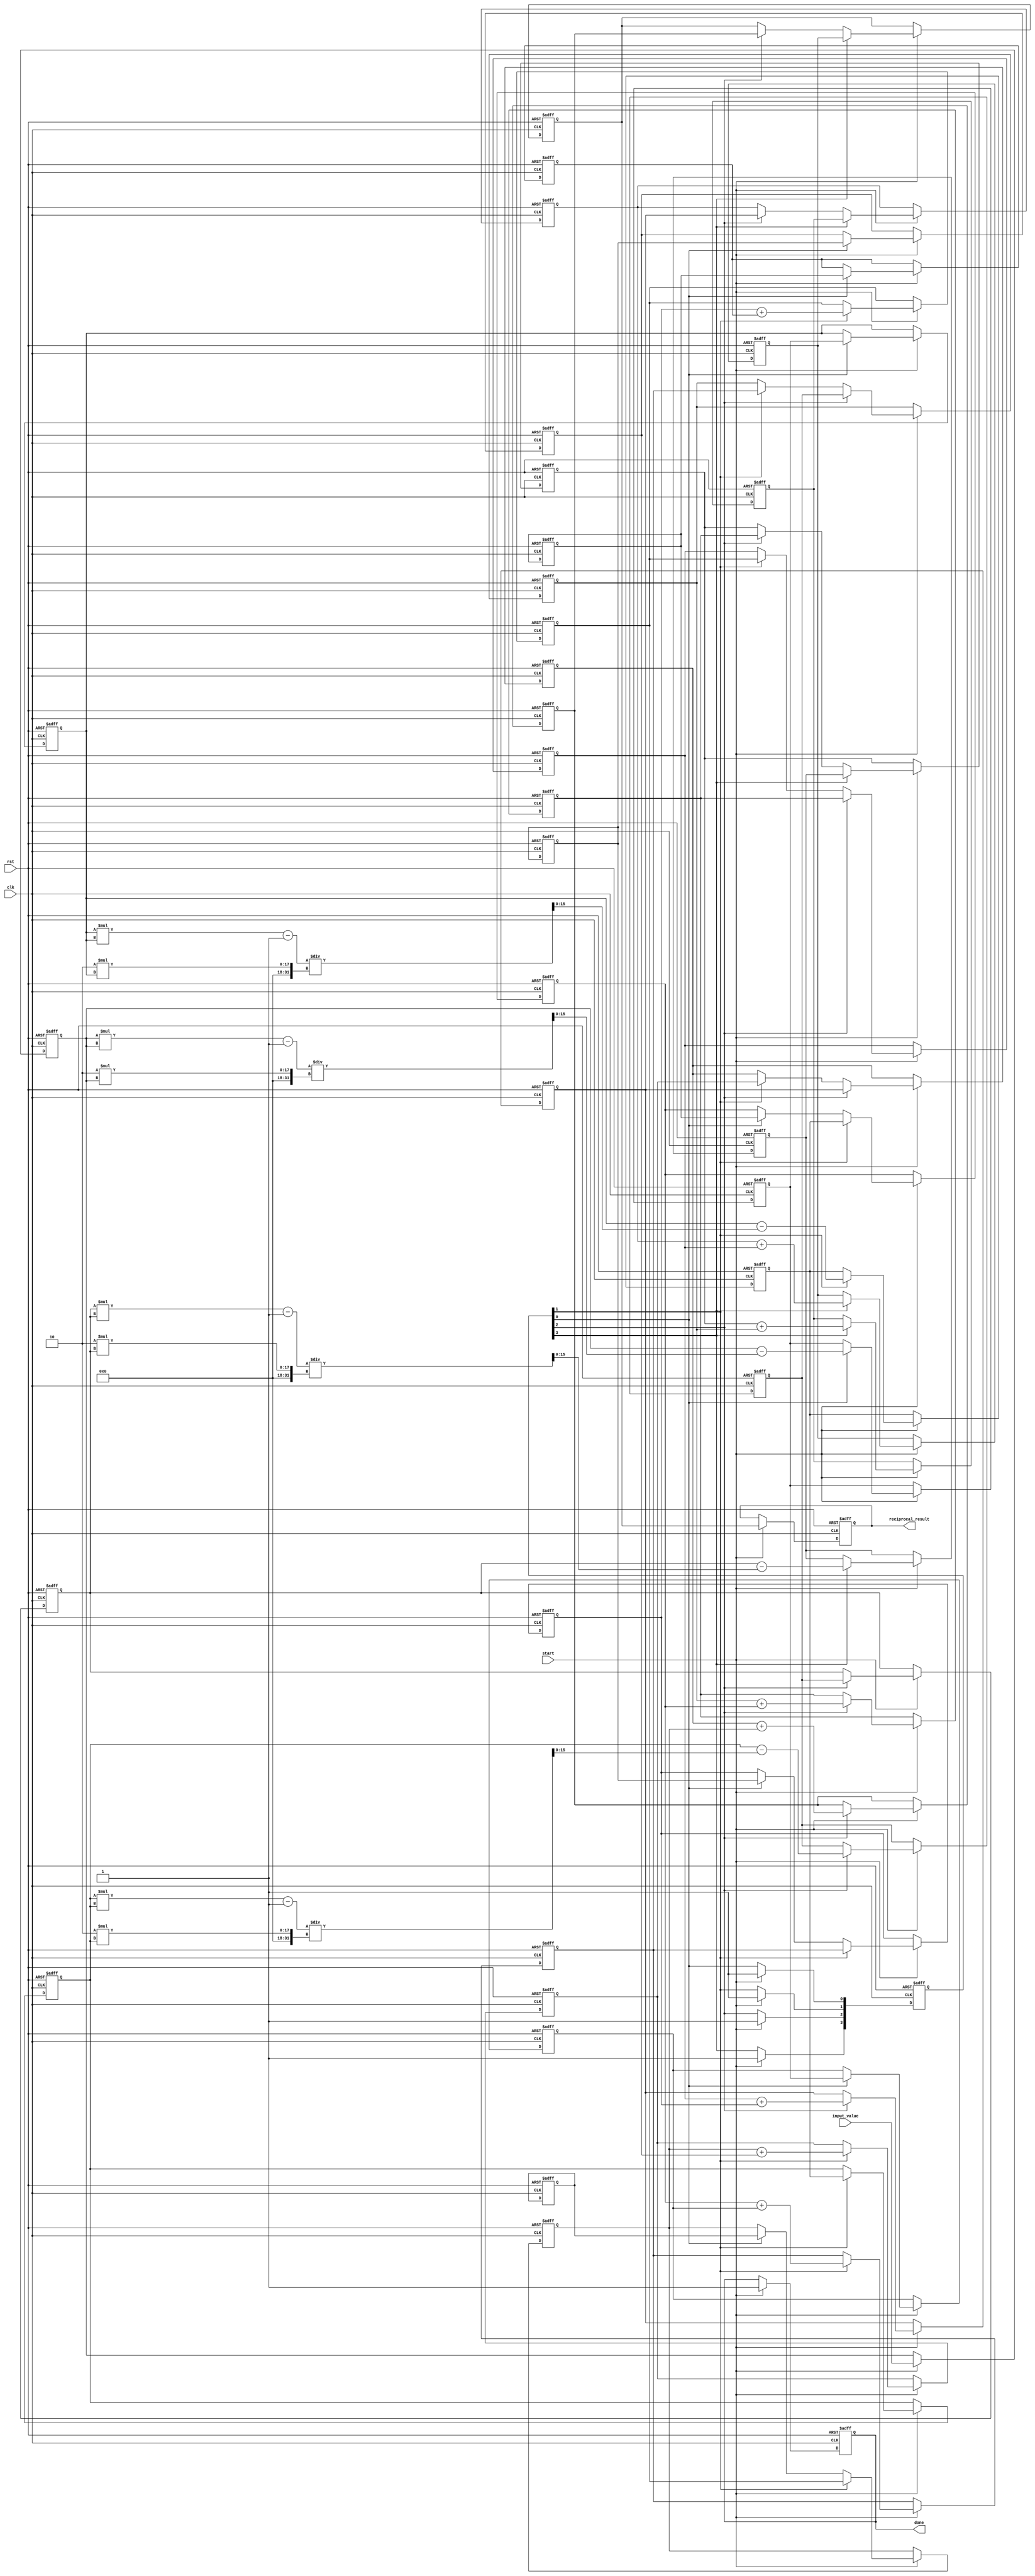
module systolic_array_reciprocal #(
    parameter N = 4, // Number of PEs (N x N array)
    parameter WIDTH = 16 // Bit-width of input and output
)(
    input wire clk,
    input wire rst,
    input wire start,
    input wire [WIDTH-1:0] input_value,
    output reg [WIDTH-1:0] reciprocal_result,
    output reg done
);

// Define the processing elements (PEs)
reg [WIDTH-1:0] pe [0:N-1][0:N-1];
reg [WIDTH-1:0] temp [0:N-1][0:N-1]; // Temporary storage for calculations
reg [N-1:0] valid; // Valid signals for each PE
integer i, j;

// Control logic
always @(posedge clk or posedge rst) begin
    if (rst) begin
        done <= 0;
        reciprocal_result <= 0;
        valid <= 0;
        // Reset PEs
        for (i = 0; i < N; i = i + 1) begin
            for (j = 0; j < N; j = j + 1) begin
                pe[i][j] <= 0;
                temp[i][j] <= 0;
            end
        end
    end else if (start) begin
        // Initialize input value in the first PE
        pe[0][0] <= input_value;
        valid[0] <= 1;

        // Start the iterative process
        for (i = 0; i < N; i = i + 1) begin
            for (j = 0; j < N; j = j + 1) begin
                if (valid[i]) begin
                    // Example of Newton-Raphson iteration
                    // temp[i][j] = (2 * pe[i][j]) - (pe[i][j] * pe[i][j] * input_value);
                    // For simplicity, we will use a basic update rule
                    if (j == 0) begin
                        temp[i][j] <= pe[i][j] - (pe[i][j] * pe[i][j] - 1) / (2 * pe[i][j]);
                    end else if (i > 0) begin
                        temp[i][j] <= pe[i][j] + pe[i-1][j];
                    end
                    
                    // Pass the result to the next PE
                    if (j < N - 1) begin
                        pe[i][j+1] <= temp[i][j];
                    end
                    if (i < N - 1) begin
                        pe[i+1][j] <= temp[i][j];
                    end
                end
            end
            // Update valid signals
            valid[i] <= 1;
        end

        // Collect the final result from the last PE
        reciprocal_result <= pe[N-1][N-1];
        done <= 1; // Indicate completion
    end
end

endmodule